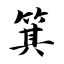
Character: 箕